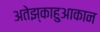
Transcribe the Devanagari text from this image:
अतेझ्काहुआकान